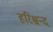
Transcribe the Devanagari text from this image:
हरिश्चन्द